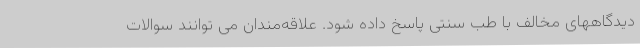
دیدگاههای مخالف با طب سنتی پاسخ داده شود. علاقه‌مندان می توانند سوالات